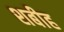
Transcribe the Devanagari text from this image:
शबीह